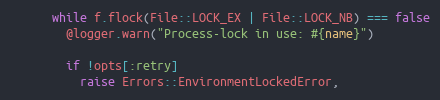
Language: Ruby
      while f.flock(File::LOCK_EX | File::LOCK_NB) === false
        @logger.warn("Process-lock in use: #{name}")

        if !opts[:retry]
          raise Errors::EnvironmentLockedError,